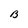
Character: B